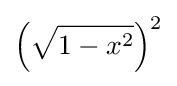
\left({\sqrt {1-x^{2}}}\right)^{2}